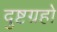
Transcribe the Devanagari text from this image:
दुष्टग्रहो